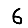
Digit: 6